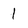
Character: 1